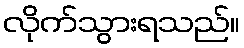
လိုက်သွားရသည်။